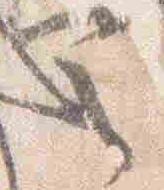
定